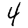
Digit: 4